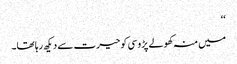
‘‘
میں منہ کھولے پڑوسی کو حیرت سے دیکھ رہا تھا۔